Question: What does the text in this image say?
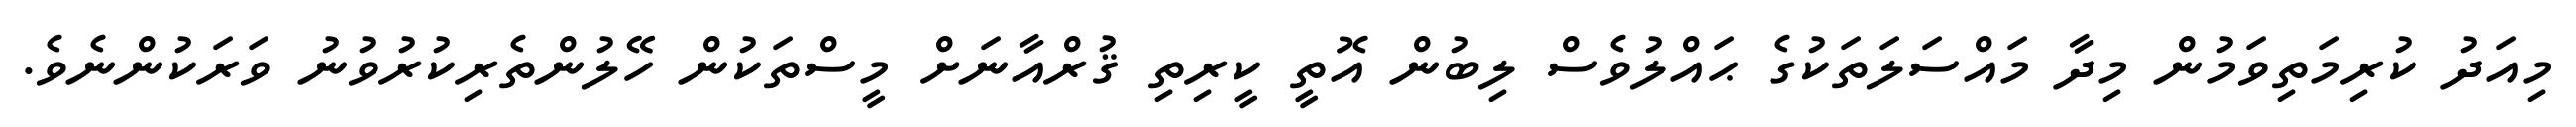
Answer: މިއަދު ކުރިމަތިވަމުން މިދާ މައްސަލަތަކުގެ ޙައްލުވެސް ލިބުން އޮތީ ކީރިތި ޤުރްއާނަށް މީސްތަކުން ހޭލުންތެރިކުރުވުނު ވަރަކުންނެވެ.